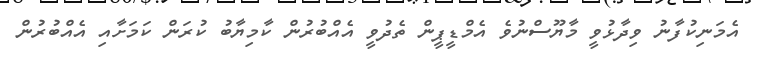
އެމަނިކުފާނު ވިދާޅުވީ މާޔޫސްނުވެ އެމްޑީޕީން ތެދުވީ އެއްބުރުން ކާމިޔާބު ކުރަން ކަމަށާއި އެއްބުރުން